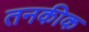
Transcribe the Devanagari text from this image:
तनकीक